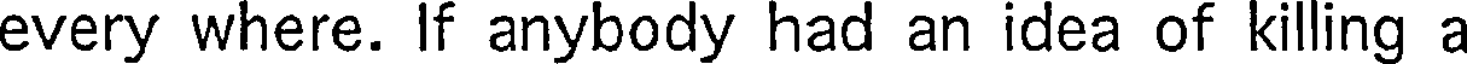
every where. If anybody had an idea of killing a